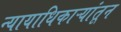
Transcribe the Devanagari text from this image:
न्यायाधिकाऱ्यांतून